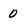
Character: 0